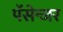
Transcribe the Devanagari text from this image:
पॅसेन्जर